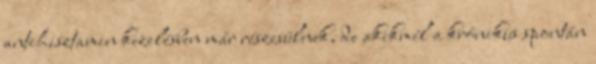
antihisztamin kezelésben már részesülnek, de akikmél a krónikus spontán